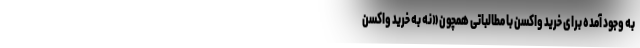
به وجود آمده برای خرید واکسن با مطالباتی همچون «نه به خرید واکسن